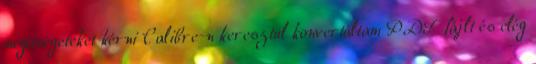
segítségeteket kérni Calibre-n keresztül konvertáltam PDF fájlt és elég